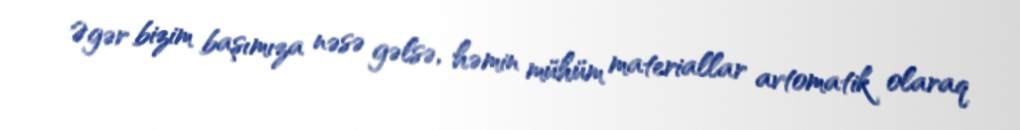
Əgər bizim başımıza nəsə gəlsə, həmin mühüm materiallar avtomatik olaraq